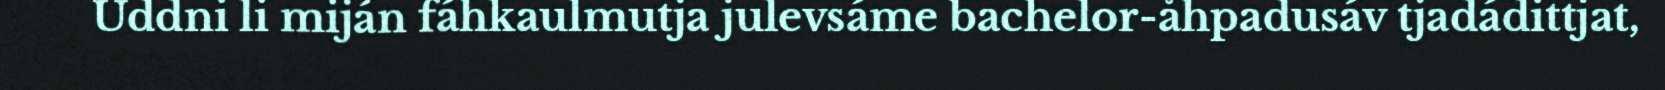
Uddni li miján fáhkaulmutja julevsáme bachelor-åhpadusáv tjadádittjat,